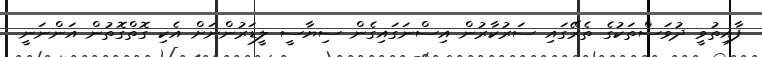
ފާއިތުވީ ދުވަސްތަކުގެ ތެރޭގައި ސަރުކާރުން އިސްނަގައިގެން ސިޔާސީ ލީޑަރުންނަށް އެކި ގޮތްގޮތުން އަންނަނީ